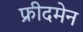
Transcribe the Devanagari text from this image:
फ्रीदमेन